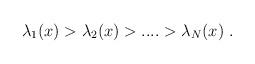
LaTeX: \begin{align*}\lambda_1(x)>\lambda_2(x)>....>\lambda_N(x)~.\end{align*}